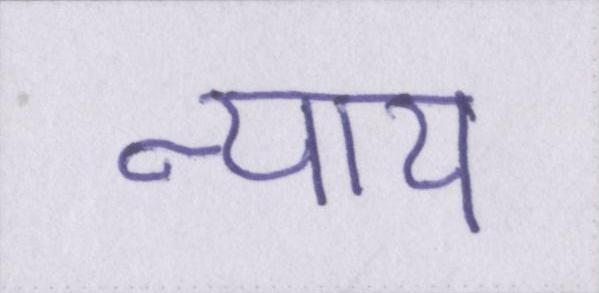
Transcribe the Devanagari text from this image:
न्याय